Lunatic asylums in Bengal annual reports 1899-1911 - 1899-1911
Year: 1899
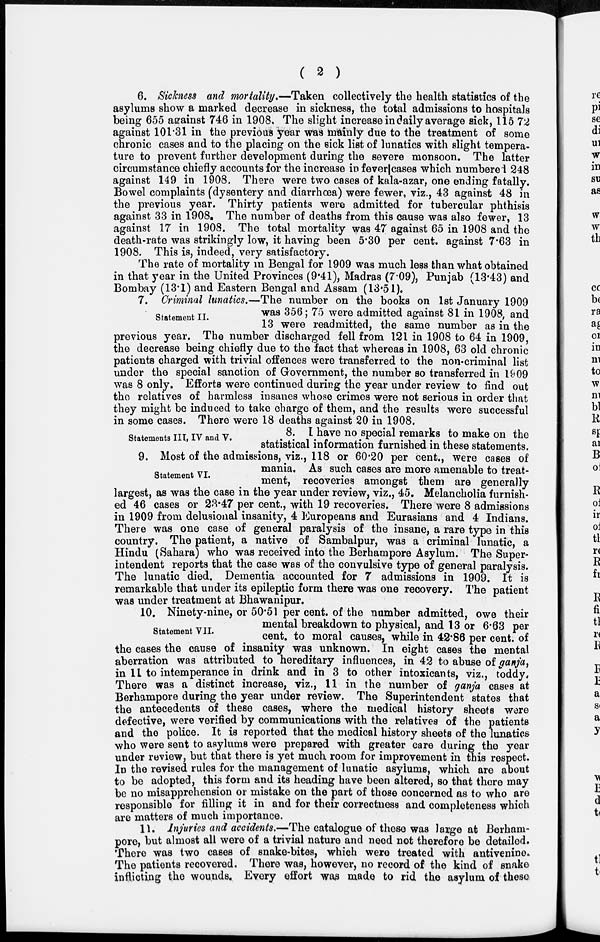
( 2 )
6. Sickness and mortality.—Taken collectively the health statistics of the
asylums show a marked decrease in sickness, the total admissions to hospitals
being 655 against 746 in 1908. The slight increase in daily average sick, 115.72
against 101.31 in the previous year was mainly due to the treatment of some
chronic cases and to the placing on the sick list of lunatics with slight tempera-
ture to prevent further development during the severe monsoon. The latter
circumstance chiefly accounts for the increase in fever cases which numbered 248
against 149 in 1908. There were two cases of kala-azar, one ending fatally.
Bowel complaints (dysentery and diarrhœa) were fewer, viz., 43 against 48 in
the previous year. Thirty patients were admitted for tubercular phthisis
against 33 in 1908. The number of deaths from this cause was also fewer, 13
against 17 in 1908. The total mortality was 47 against 65 in 1908 and the
death-rate was strikingly low, it having been 5.30 per cent. against 7.63 in
1908. This is, indeed, very satisfactory.
The rate of mortality in Bengal for 1909 was much less than what obtained
in that year in the United Provinces (9.41), Madras (7.09), Punjab (13.43) and
Bombay (13.1) and Eastern Bengal and Assam (13.51).
Statement II.
7. Criminal lunatics.—The number on the books on 1st January 1909
was 356; 75 were admitted against 81 in 1908, and
13 were readmitted, the same number as in the
previous year. The number discharged fell from 121 in 1908 to 64 in 1909,
the decrease being chiefly due to the fact that whereas in 1908, 63 old chronic
patients charged with trivial offences were transferred to the non-criminal list
under the special sanction of Government, the number so transferred in 1909
was 8 only. Efforts were continued during the year under review to find out
the relatives of harmless insanes whose crimes were not serious in order that
they might be induced to take charge of them, and the results were successful
in some cases. There were 18 deaths against 20 in 1908.
Statements III, IV and V.
8. I have no special remarks to make on the
statistical information furnished in these statements,
Statement VI.
9. Most of the admissions, viz., 118 or 60.20 per cent., were cases of
mania. As such cases are more amenable to treat-
ment, recoveries amongst them are generally
largest, as was the case in the year under review, viz., 45. Melancholia furnish-
ed 46 cases or 23.47 per cent., with 19 recoveries. There were 8 admissions
in 1909 from delusional insanity, 4 Europeans and Eurasians and 4 Indians.
There was one case of general paralysis of the insane, a rare type in this
country. The patient, a native of Sambalpur, was a criminal lunatic, a
Hindu (Sahara) who was received into the Berhampore Asylum. The Super-
intendent reports that the case was of the convulsive type of general paralysis.
The lunatic died. Dementia accounted for 7 admissions in 1909. It is
remarkable that under its epileptic form there was one recovery. The patient
was under treatment at Bhawanipur.
Statement VII.
10. Ninety-nine, or 50.51 per cent. of the number admitted, owe their
mental breakdown to physical, and 13 or 6.63 per
cent. to moral causes, while in 42.86 per cent. of
the cases the cause of insanity was unknown. In eight cases the mental
aberration was attributed to hereditary influences, in 42 to abuse of ganja,
in 11 to intemperance in drink and in 3 to other intoxicants, viz., toddy,
There was a distinct increase, viz., 11 in the number of ganja cases at
Berhampore during the year under review. The Superintendent states that
the antecedents of these cases, where the medical history sheets were
defective, were verified by communications with the relatives of the patients
and the police. It is reported that the medical history sheets of the lunatics
who were sent to asylums were prepared with greater care during the year
under review, but that there is yet much room for improvement in this respect.
In the revised rules for the management of lunatic asylums, which are about
to be adopted, this form and its heading have been altered, so that there may
be no misapprehension or mistake on the part of those concerned as to who are
responsible for filling it in and for their correctness and completeness which
are matters of much importance.
11. Injuries and accidents.—The catalogue of these was large at Berham-
pore, but almost all were of a trivial nature and need not therefore be detailed.
There was two cases of snake-bites, which were treated with antivenine.
The patients recovered. There was, however, no record of the kind of snake
inflicting the wounds. Every effort was made to rid the asylum of these